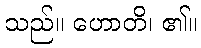
သည်။ ဟောတိ၊ ၏။